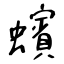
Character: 蠙